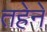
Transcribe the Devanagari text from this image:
तहेने